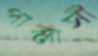
পালাসী